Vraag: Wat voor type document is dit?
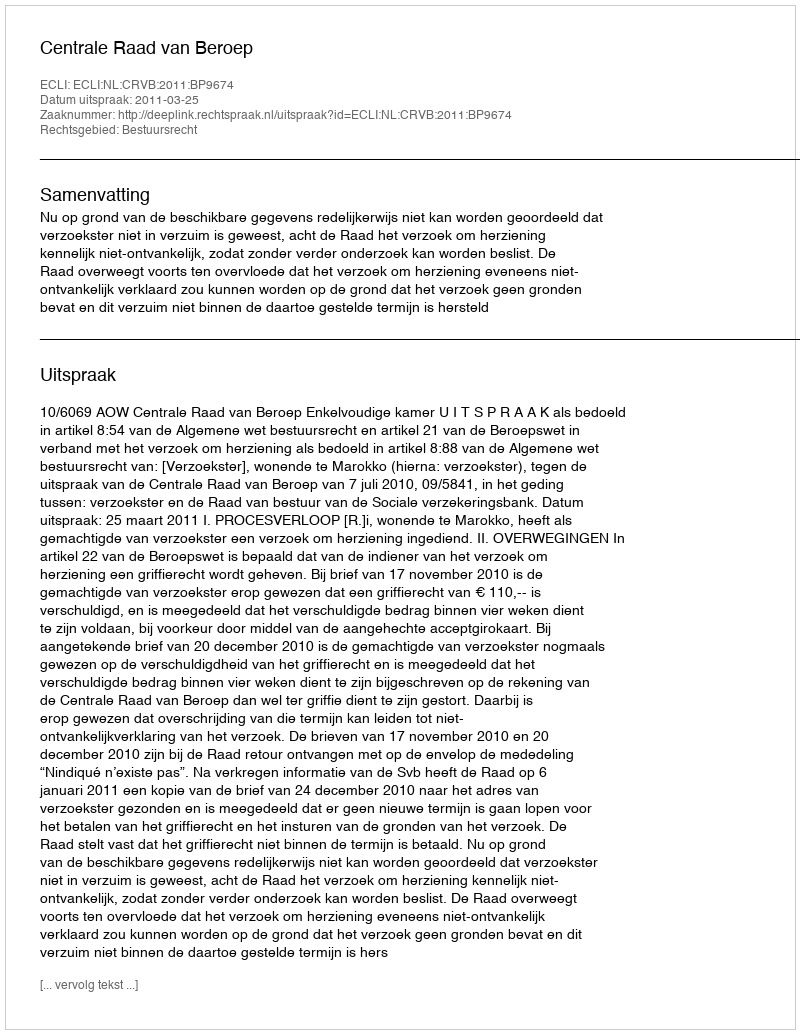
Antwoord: Uitspraak